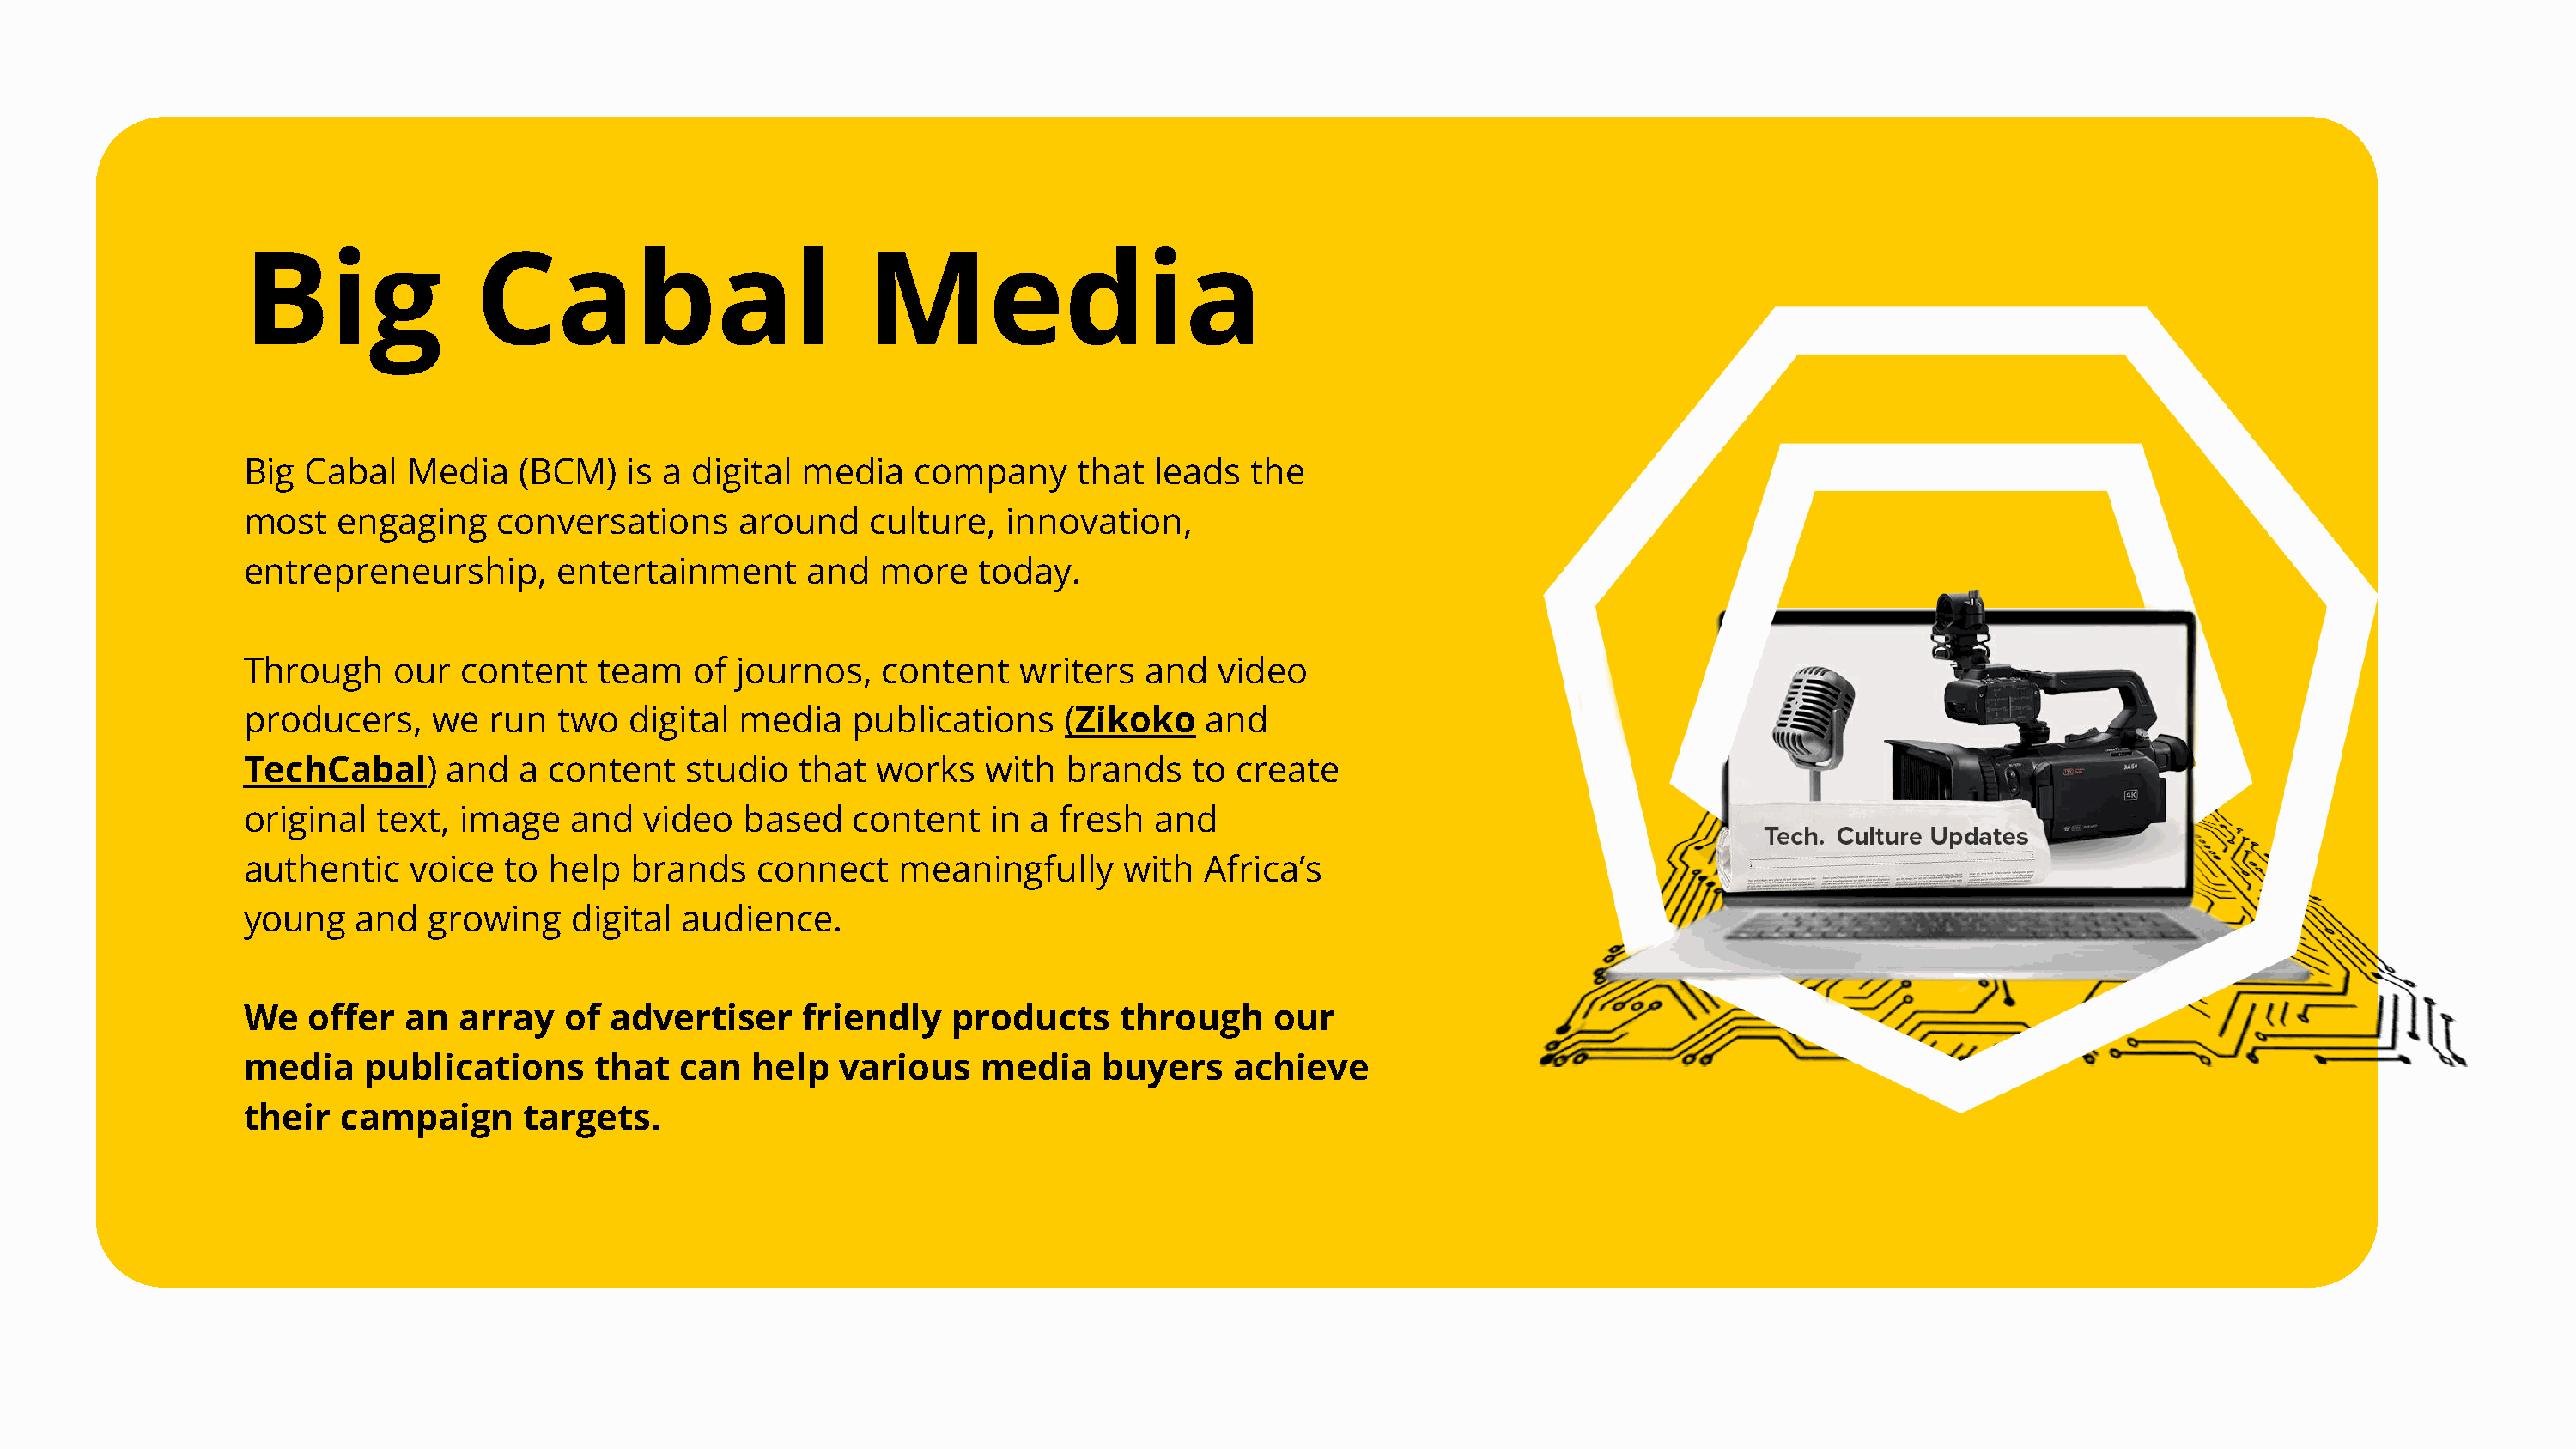
Big               Cabal                         Media
 Big Cabal   Media    (BCM)   is a digital  media    company     that  leads  the
 most   engaging    conversations      around    culture,   innovation,
 entrepreneurship,       entertainment      and   more   today.
 Through    our   content   team   of  journos,   content    writers  and   video
 producers,    we   run  two  digital  media    publications    (Zikoko    and
 TechCabal)     and   a content    studio   that  works   with  brands    to create
 original  text, image    and   video  based    content   in a  fresh  and
 authentic    voice  to help   brands   connect    meaningfully      with  Africa’s
 young   and   growing    digital  audience.
 We   offer  an  array    of advertiser     friendly   products     through     our
 media    publications      that  can   help   various    media    buyers    achieve
 their  campaign      targets.